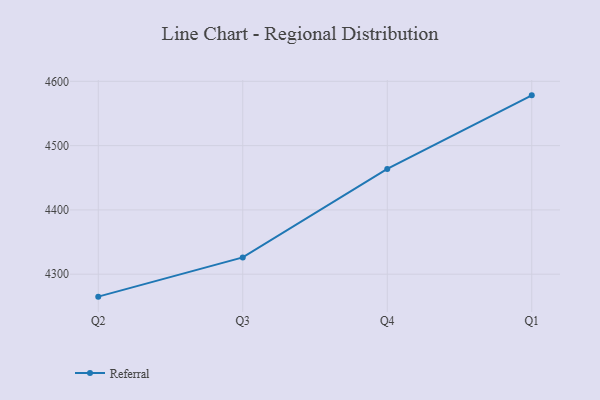
{"axis": {"x": "Quarter", "y": "Demand Index"}, "legend": ["Referral"], "data": [{"x": "Q2", "y": 4265.1, "type": "Referral"}, {"x": "Q3", "y": 4326.1, "type": "Referral"}, {"x": "Q4", "y": 4463.7, "type": "Referral"}, {"x": "Q1", "y": 4578.2, "type": "Referral"}]}